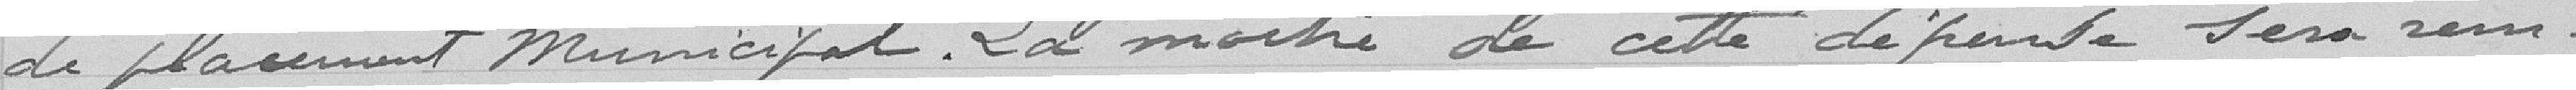
de placement municipal. La moitié de cette dépense sera rem-